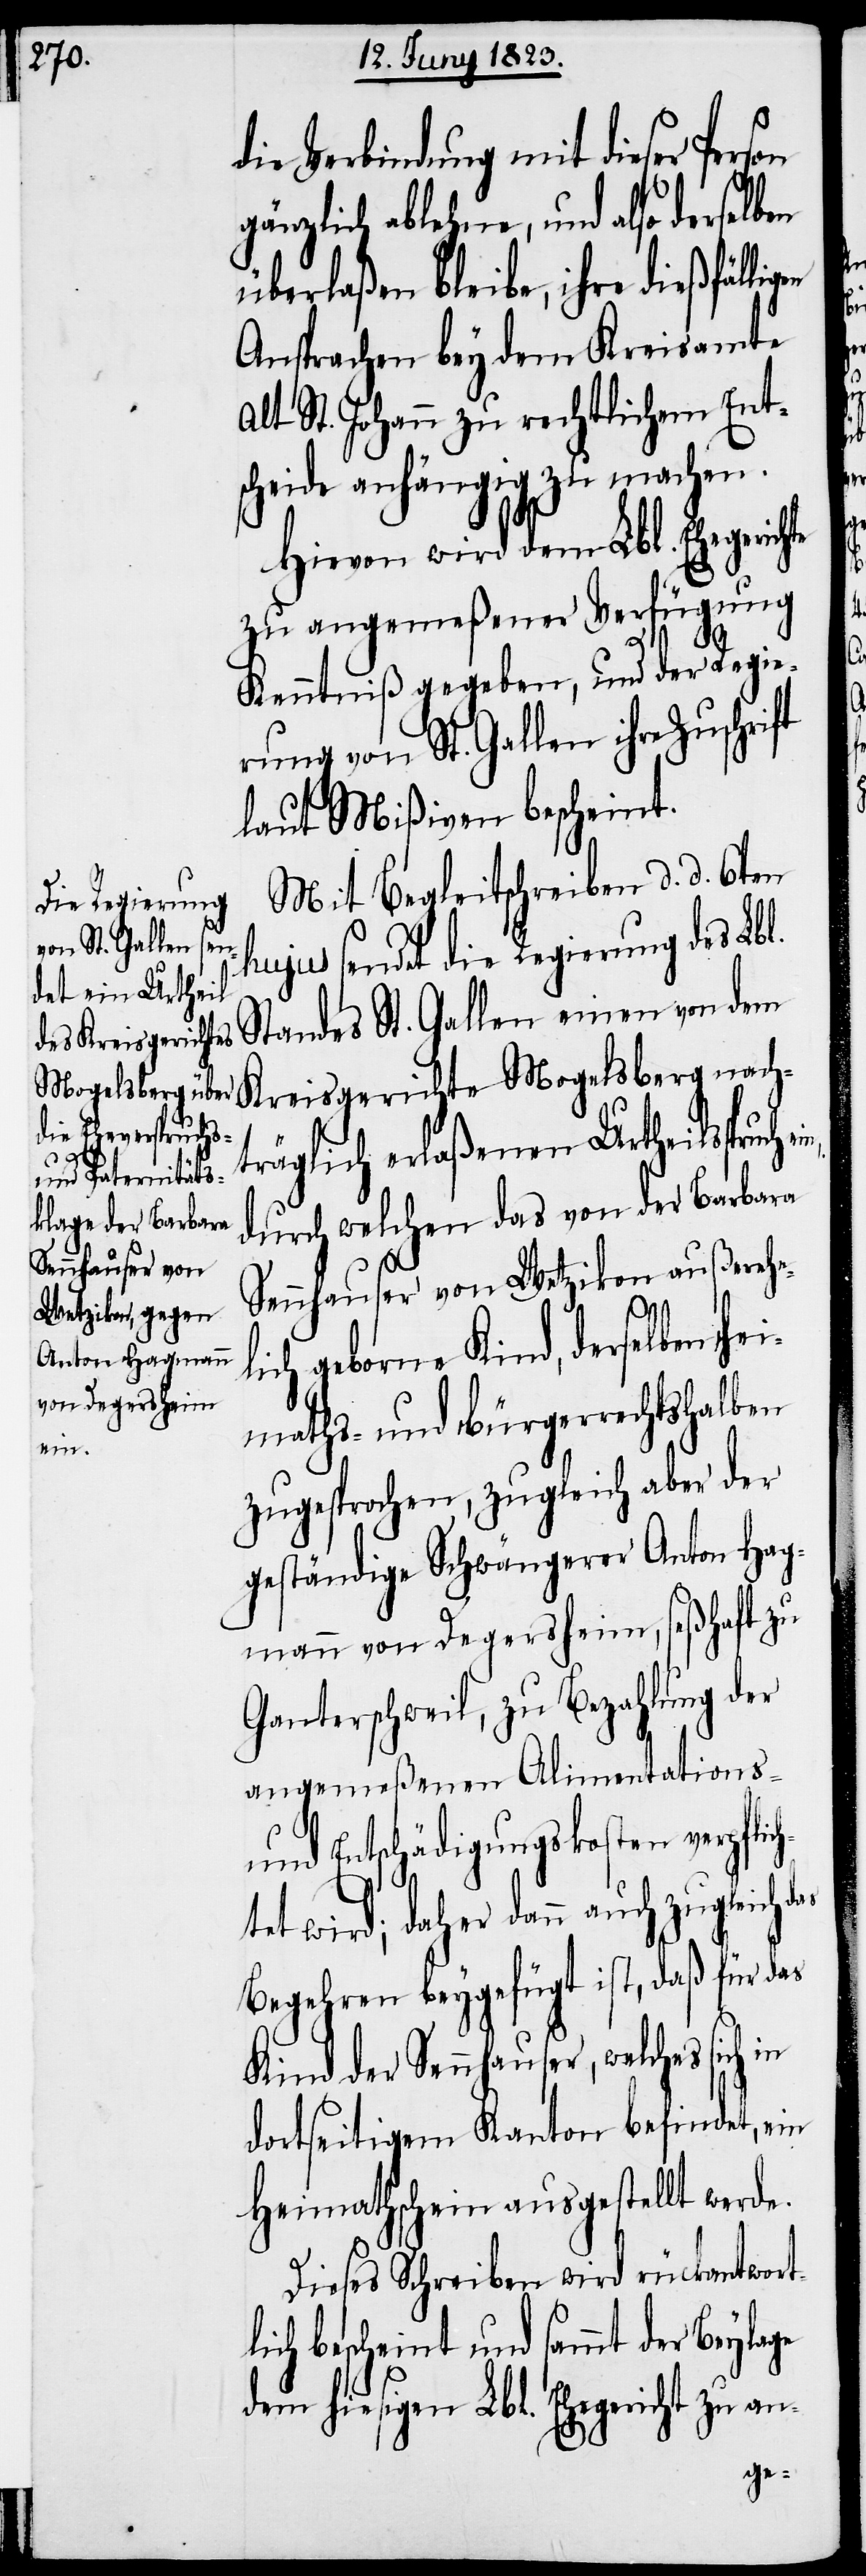
lic¬

die Verbindung mit dieser Person
gänzlich ablehne, und also derselben
überlaßen bleibe, ihre dießfälli¬
Ansprachen bey dem Kreisamte
Alt St. Johann zu rechtlichem Ents¬
cheide anhängig zu machen.
Hievon wird dem Lbl. Ehegerichte
zu angemeßener Verfügung
Kenntniß gegeben, und der Regie¬
h¬
rung von St. Gallen ihre Zuschrift
laut Mißiven bescheint.
Mit Begleitschreiben d. d. 6ten
hujus sendet die Regierung des Lb¬
Standes St. Gallen einen von dem
Kreisgerichte Mogelsberg nach¬
träglich erlaßenen Urtheilsspruch ein,
durch welchen das von der Barbara
Sennhauser von Wetzikon außerehe¬
l.
lich geborne Kind, derselben hei¬
maths- und bürgerrechtshalben
zugesprochen, zugleich aber der
geständige Schwängerer Anton Hag¬
mann von Degersheim, seßhaft zu
Ganterschweil, zu Bezahlung der
angemeßenen Alimentations-
und Entschädigungskosten verpflic¬
tet wird; daher dann auch zugleich
Begehren beygefügt ist, daß für das
Kind der Sennhauser, welches sich
dortseitigem Kanton befindet, ein
Heimathschein ausgestellt werde.
Dieses Schreiben wird rückantwort¬
h bescheint und sammt der Beyla¬
dem hiesigen Lbl. Ehegericht zu an-
ge